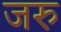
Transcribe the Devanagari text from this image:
जरु